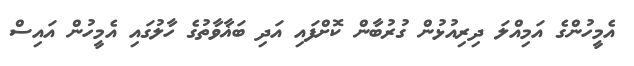
އެމީހުންގެ އަމިއްލަ ދިރިއުޅުން ގުރުބާން ކޮށްފައި އަދި ބަޣާވާތުގެ ހާލުގައި އެމީހުން އައިސް